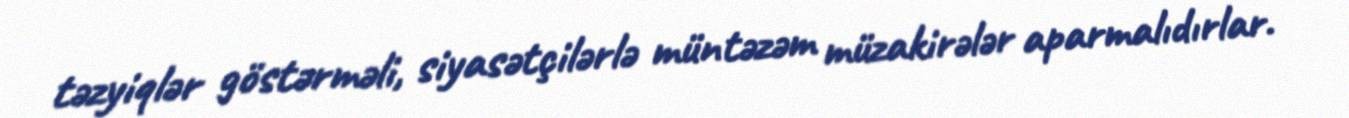
təzyiqlər göstərməli, siyasətçilərlə müntəzəm müzakirələr aparmalıdırlar.